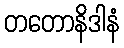
တတောနိဒါနံ